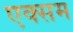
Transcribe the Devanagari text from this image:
एक्सम